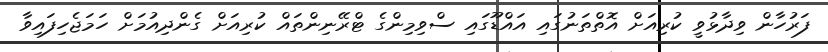
ފަރުހާން ވިދާޅުވީ ކުރިއަށް އޮތްތަނުގައި އައްޑޫގައި ސްވިމިންގެ ޓްރޭނިންތައް ކުރިއަށް ގެންދިއުމަށް ހަމަޖެހިފައިވާ